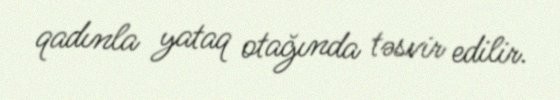
qadınla yataq otağında təsvir edilir.